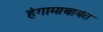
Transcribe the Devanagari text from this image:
हंगामाबाबत